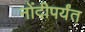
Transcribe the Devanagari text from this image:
नोंदीपर्यंत